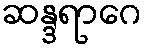
ဆန္ဒရာဂေ